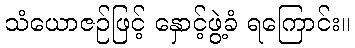
သံယောဇဉ်ဖြင့် နှောင့်ဖွဲ့ခံ ရကြောင်း။